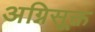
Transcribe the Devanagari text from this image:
अग्निसूक्त